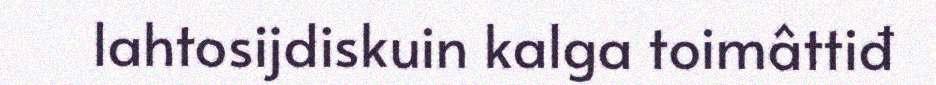
lahtosijdiskuin kalga toimâttiđ